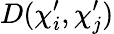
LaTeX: D(\mathbf{\chi}_{i}^{\prime},\mathbf{\chi}_{j}^{\prime})